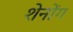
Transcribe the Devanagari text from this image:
शेनोंग